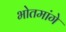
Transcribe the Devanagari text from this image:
भोतमांगे